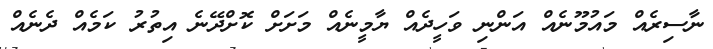
ނާސިރެއް މައުމޫނެއް އަންނި ވަހީދެއް ޔާމީނެއް މަށަށް ކޮށްދޭނެ އިތުރު ކަމެއް ދެނެއް